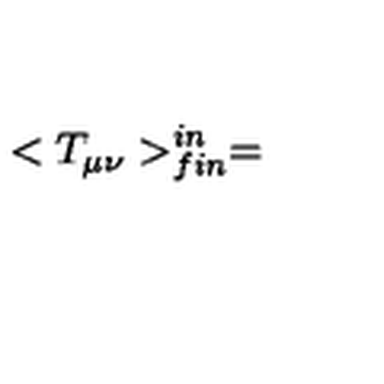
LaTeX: < T _ { \mu \nu } > _ { f i n } ^ { i n } =